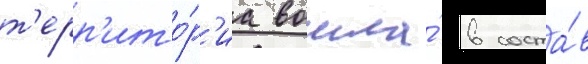
т'ерр'ито́р'иа вошла́ в соста́в